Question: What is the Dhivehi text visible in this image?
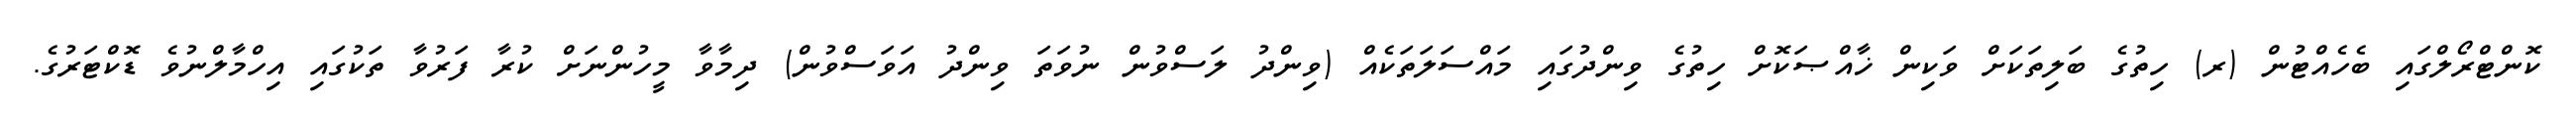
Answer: ކޮންޓްރޯލްގައި ބެހެއްޓުން (ރ) ހިތުގެ ބަލިތަކަށް ވަކިން ޚާއްޞަކޮށް ހިތުގެ ވިންދުގައި މައްސަލަތަކެއް (ވިންދު ލަސްވުން ނުވަތަ ވިންދު އަވަސްވުން) ދިމާވާ މީހުންނަށް ކުރާ ފަރުވާ ތަކުގައި އިހްމާލްނުވެ ޑޮކްޓަރުގެ.